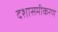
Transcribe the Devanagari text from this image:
दशासमीकरण